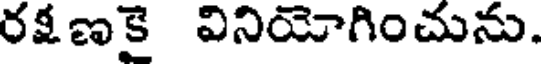
రక్షణకై వినియోగించును.